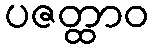
ပဇတ္ထာဝ